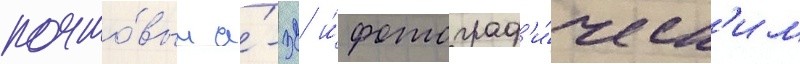
почто́вым а́-32 и́ фотограф'и́ческ'им